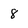
Character: 8